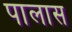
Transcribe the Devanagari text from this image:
पालास